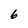
Character: 6